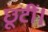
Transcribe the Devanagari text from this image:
छूटीं।